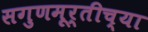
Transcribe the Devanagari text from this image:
सगुणमूर्तीच्या